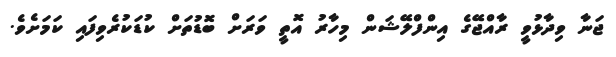
ޖަނާ ވިދާޅުވީ ރާއްޖޭގެ އިންފްލޭޝަން މިހާރު އޮތީ ވަރަށް ބޮޑުތަށް ކުޑަކުރެވިފައި ކަމަށެވެ.